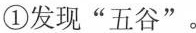
①发现”五谷”。